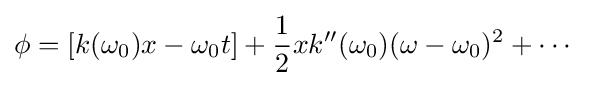
\phi =\left[k(\omega _{0})x-\omega _{0}t\right]+{\frac {1}{2}}xk''(\omega _{0})(\omega -\omega _{0})^{2}+\cdots